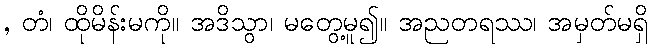
, တံ၊ ထိုမိန်းမကို။ အဒိသွာ၊ မတွေ့မူ၍။ အညတရဿ၊ အမှတ်မရှိ